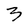
Character: 3